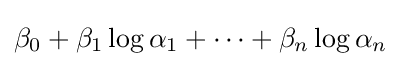
\beta _{0}+\beta _{1}\log \alpha _{1}+\cdots +\beta _{n}\log \alpha _{n}